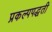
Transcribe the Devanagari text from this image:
प्रकल्पपद्धती